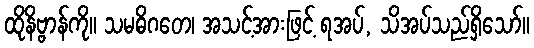
ထိုနိဗ္ဗာန်ကို။ သမဓိဂတေ၊ အသင့်အားဖြင့် ရအပ်, သိအပ်သည်ရှိသော်။